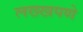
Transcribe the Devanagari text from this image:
लख्खपणे